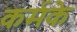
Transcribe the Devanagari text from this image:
कर्मके